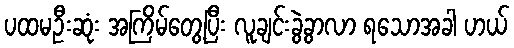
ပထမဦးဆုံး အကြိမ်တွေ့ပြီး လူချင်းခွဲခွာလာ ရသောအခါ ဟယ်